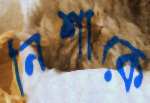
নিশাকে